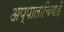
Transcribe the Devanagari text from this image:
अप्पालाचियाई